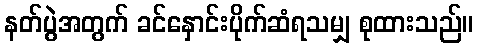
နတ်ပွဲအတွက် ခင်နှောင်းပိုက်ဆံရသမျှ စုထားသည်။